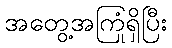
အတွေ့အကြုံရှိပြီး